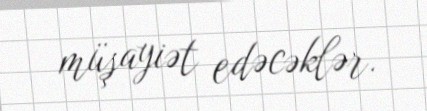
müşayiət edəcəklər.